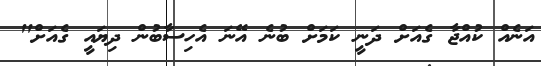
އަނެއް ކުއްޖާ ގެއަށް ދަނީ ކަމަށް ބުނެ އޭނަ އެހިސާބުން ދިޔައީ ގެއަށް"